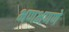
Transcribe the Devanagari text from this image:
भणभणणे